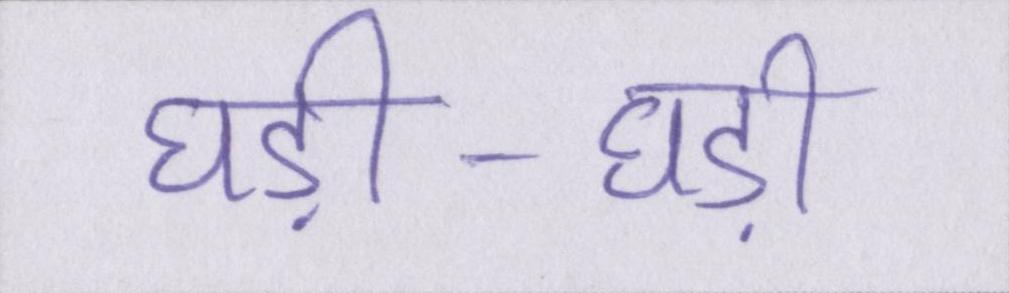
घड़ी-घड़ी